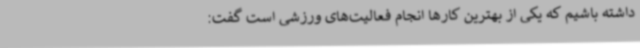
داشته باشیم که یکی از بهترین کارها انجام فعالیت‌های ورزشی است گفت: